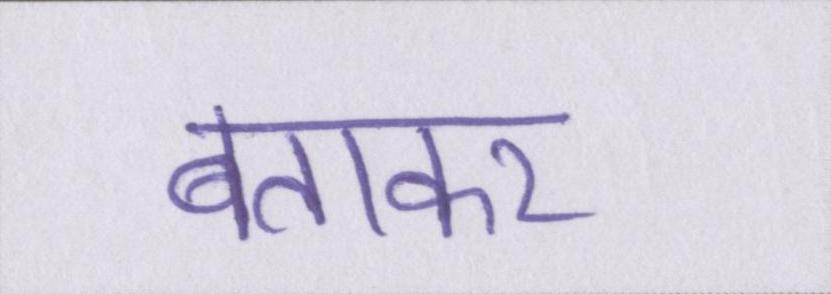
बताकर